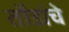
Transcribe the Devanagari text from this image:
तोंडांचे